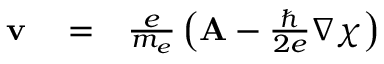
\begin{array} { r l r } { { \bf v } } & { { } = } & { { \frac { e } { m _ { e } } } \left( { \bf A } - { \frac { \hbar } { 2 e } } \nabla \chi \right) } \end{array}